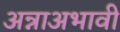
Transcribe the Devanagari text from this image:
अन्नाअभावी